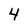
Character: 4